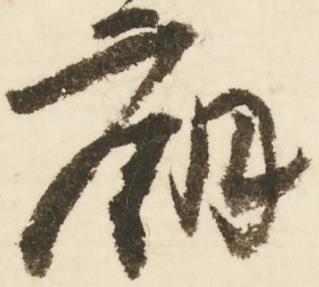
廟